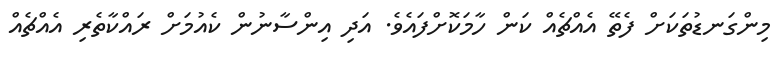
މިންގަނޑުތަކަށް ފެތޭ އެއްޗެއް ކަން ހާމަކޮށްފައެވެ. އަދި އިންސާނުން ކެއުމަށް ރައްކާތެރި އެއްޗެއް